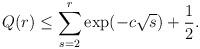
LaTeX: \begin{align*} Q(r)\le \sum_{s=2}^{r}\exp(-c\sqrt{s})+\frac12.\end{align*}